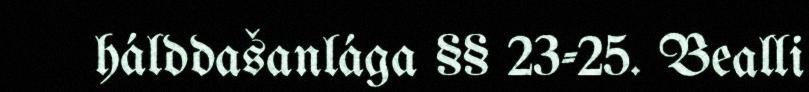
hálddašanlága §§ 23-25. Bealli